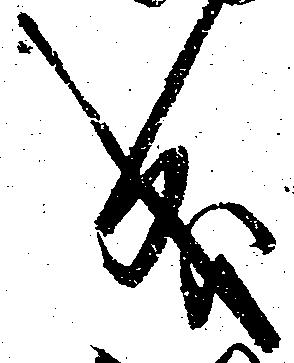
成